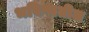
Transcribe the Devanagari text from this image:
भविष्यतील